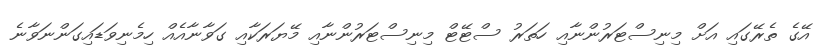
އޭގެ ތެރޭގައި އަށް މިނިސްޓަރުންނާއި ހަތަރު ސްޓޭޓް މިނިސްޓަރުންނާއި މޭޔަރަކާއި ގަވާނާއެއް ހިމެނިވަޑައިގަންނަވާނެ